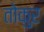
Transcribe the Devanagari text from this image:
तोकुर